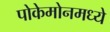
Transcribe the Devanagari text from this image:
पोकेमोनमध्ये